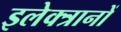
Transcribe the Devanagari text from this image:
इलेक्त्रानों